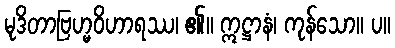
မုဒိတာဗြဟ္မဝိဟာရဿ၊ ၏။ ဣဋ္ဌာနံ၊ ကုန်သော။ ပ။